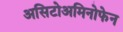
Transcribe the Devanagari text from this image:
असिटोअमिनोफेन